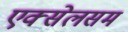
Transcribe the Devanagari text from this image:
एक्सेलसम